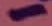
Text: 1